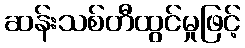
ဆန်းသစ်တီထွင်မှုဖြင့်